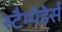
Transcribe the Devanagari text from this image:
स्टैम्पेडेर्स